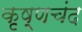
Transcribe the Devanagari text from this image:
कृष्णचंद